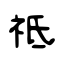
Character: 祗